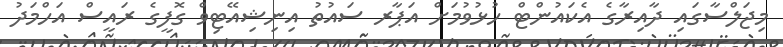
މިޖަލްސާގައި ދާއިރާގެ އެކައުންޓް ހުޅުވުމަށް އަޕާރ ސައުތު އިނިޝިއޭޓިވް ގޮފީގެ ރައީސް އަހްމަދު